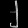
Digit: ၂